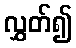
လွှတ်၍